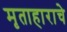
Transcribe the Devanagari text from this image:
मृताहाराचे